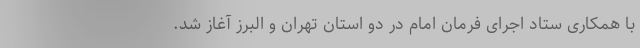
با همکاری ستاد اجرای فرمان امام در دو استان تهران و البرز آغاز شد.